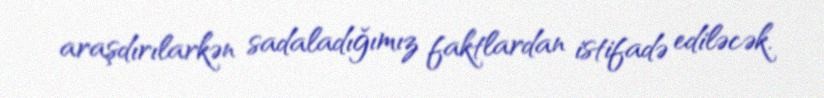
araşdırılarkən sadaladığımız faktlardan istifadə ediləcək.